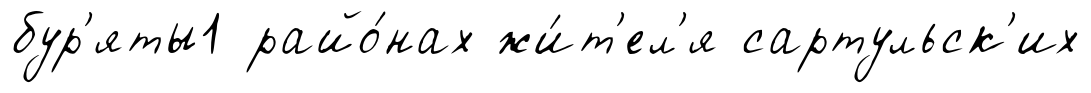
бур'яты1 райо́нах жи́т'ел'я сартульск'их